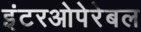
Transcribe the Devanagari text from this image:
इंटरओपेरेबल